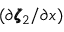
( \partial \pmb { \zeta } _ { 2 } / \partial x )